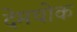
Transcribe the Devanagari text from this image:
देमचोक